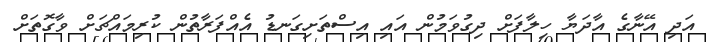
އަދި އޭނާގެ އާދަޔާ ހިލާފަށް ދިގުވަމުން އައި އިސްތަށިގަނޑު އެއްފަރާތުން ކުރިމައްޗަށް ވާގޮތަށް